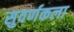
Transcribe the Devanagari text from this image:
सुवर्णकला